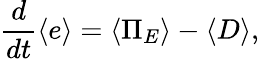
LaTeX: \frac{d}{dt}\langle e\rangle=\langle\Pi_{E}\rangle-\langle D\rangle,